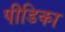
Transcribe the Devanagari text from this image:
पीडिका